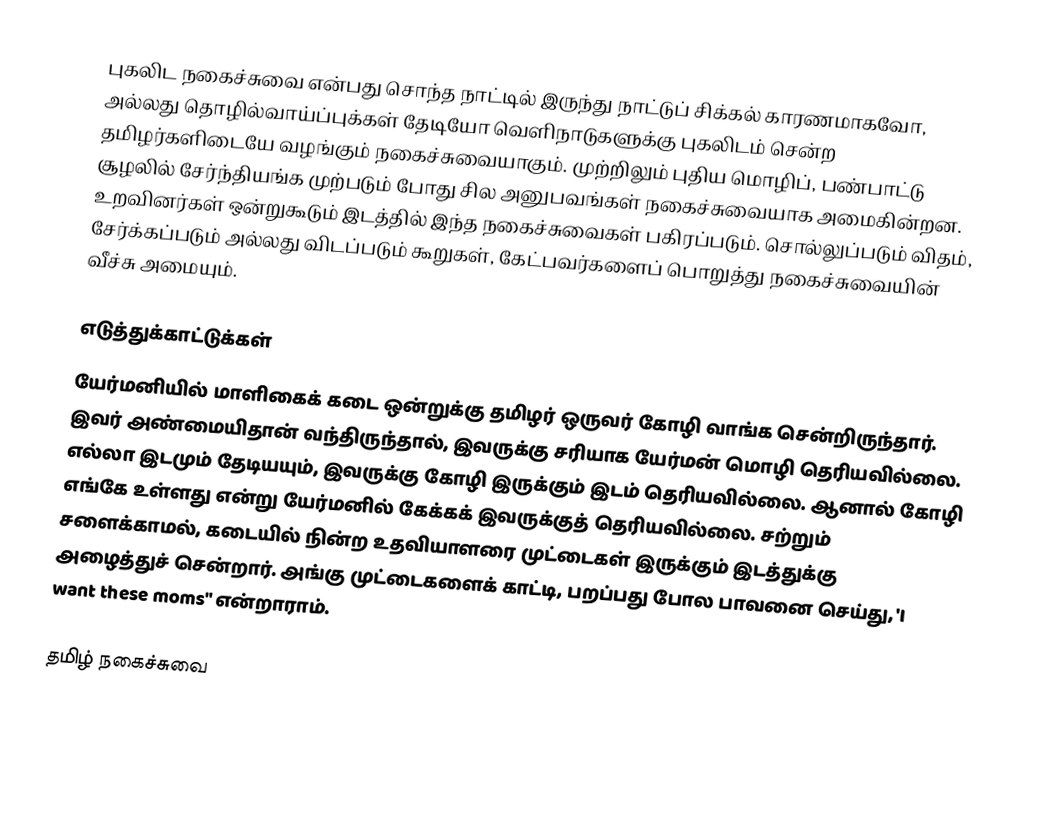
புகலிட நகைச்சுவை என்பது சொந்த நாட்டில் இருந்து நாட்டுப் சிக்கல் காரணமாகவோ, அல்லது தொழில்வாய்ப்புக்கள் தேடியோ வெளிநாடுகளுக்கு புகலிடம் சென்ற தமிழர்களிடையே வழங்கும் நகைச்சுவையாகும்.  முற்றிலும் புதிய மொழிப், பண்பாட்டு சூழலில் சேர்ந்தியங்க முற்படும் போது சில அனுபவங்கள் நகைச்சுவையாக அமைகின்றன.  உறவினர்கள் ஒன்றுகூடும் இடத்தில் இந்த நகைச்சுவைகள் பகிரப்படும்.  சொல்லுப்படும் விதம், சேர்க்கப்படும் அல்லது விடப்படும் கூறுகள், கேட்பவர்களைப் பொறுத்து நகைச்சுவையின் வீச்சு அமையும்.

எடுத்துக்காட்டுக்கள்
 யேர்மனியில் மாளிகைக் கடை ஒன்றுக்கு தமிழர் ஒருவர் கோழி வாங்க சென்றிருந்தார்.  இவர் அண்மையிதான் வந்திருந்தால், இவருக்கு சரியாக யேர்மன் மொழி தெரியவில்லை.  எல்லா இடமும் தேடியயும், இவருக்கு கோழி இருக்கும் இடம் தெரியவில்லை.  ஆனால் கோழி எங்கே உள்ளது என்று யேர்மனில் கேக்கக் இவருக்குத் தெரியவில்லை.  சற்றும் சளைக்காமல், கடையில் நின்ற உதவியாளரை முட்டைகள் இருக்கும் இடத்துக்கு அழைத்துச் சென்றார்.  அங்கு முட்டைகளைக் காட்டி, பறப்பது போல பாவனை செய்து, 'I want these moms" என்றாராம்.

தமிழ் நகைச்சுவை